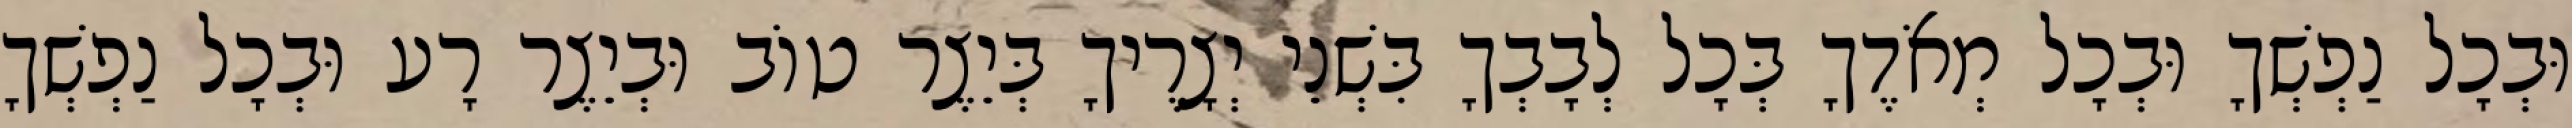
וּבְכָל נַפְשְׁךָ וּבְכָל מְאֹדֶךָ בְּכָל לְבָבְךָ בִּשְׁנֵי יְצָרֶיךָ בְּיֵצֶר טוֹב וּבְיֵצֶר רָע וּבְכָל נַפְשְׁךָ